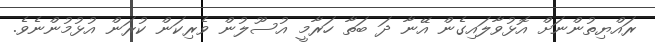
ރައްޔިތުންނަށް އޮޅުވާލައިގެން އޭނާ ދަ ބަތާ ހަރާމީ އުސޫލުން ވެރިކަން ކުރަން އުޅުމުންނެވެ.